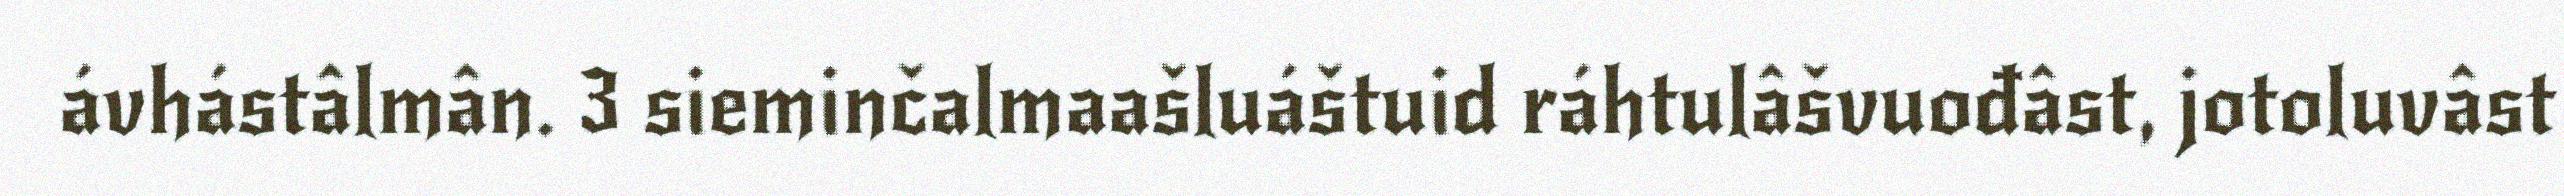
ávhástâlmân. 3 sieminčalmaašluáštuid ráhtulâšvuođâst, jotoluvâst